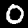
Label: 0